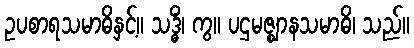
ဥပစာရသမာဓိနှင့်။ သဒ္ဓိံ၊ ကွ။ ပဌမဇ္ဈာနသမာဓိ၊ သည်။